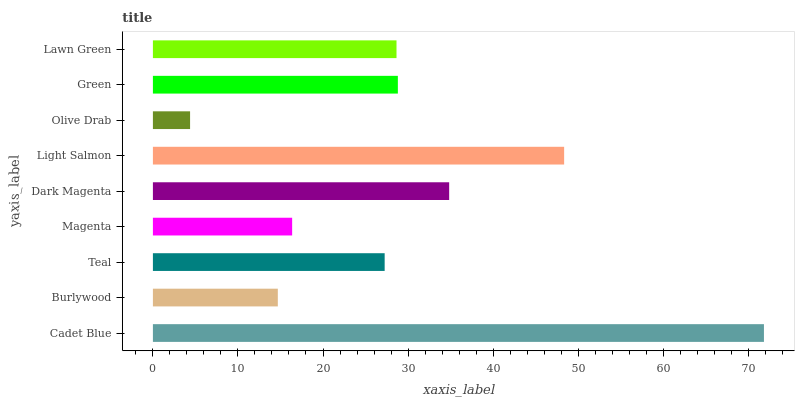
| yaxis_label | bars |
 | --- | --- |
 | Cadet Blue | 71.8 |
 | Burlywood | 14.7 |
 | Teal | 27.2 |
 | Magenta | 16.4 |
 | Dark Magenta | 34.8 |
 | Light Salmon | 48.4 |
 | Olive Drab | 4.37 |
 | Green | 28.8 |
 | Lawn Green | 28.6 |